Lunatic asylums in Bengal annual reports 1888-1898 - 1888-1898
Year: 1888
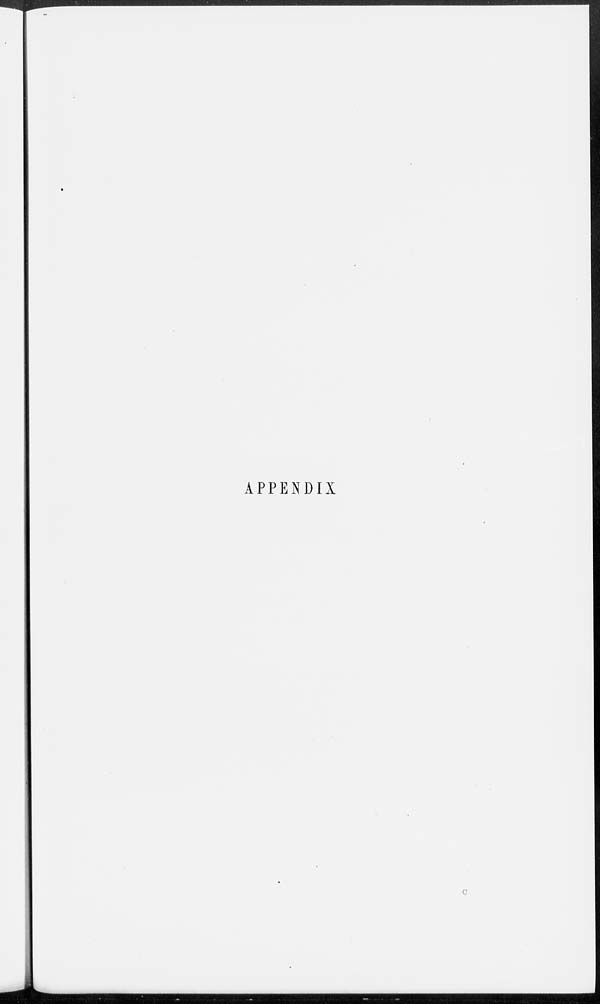
APPENDIX